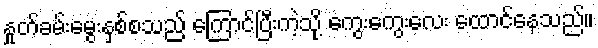
နှုတ်ခမ်းမွေးနှစ်စသည် ကြောင်ပြီးကဲ့သို့ ကွေးကွေးလေး ထောင်နေသည်။